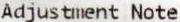
ADJUSTMENT NOTE